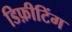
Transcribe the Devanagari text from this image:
डिफ़ीटिंग